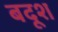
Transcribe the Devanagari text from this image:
बदूश